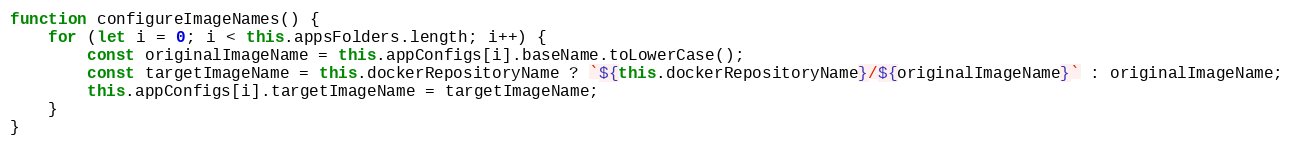
Language: JavaScript
function configureImageNames() {
    for (let i = 0; i < this.appsFolders.length; i++) {
        const originalImageName = this.appConfigs[i].baseName.toLowerCase();
        const targetImageName = this.dockerRepositoryName ? `${this.dockerRepositoryName}/${originalImageName}` : originalImageName;
        this.appConfigs[i].targetImageName = targetImageName;
    }
}